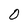
Character: 0